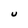
Character: U